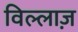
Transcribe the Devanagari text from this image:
विल्लाज़